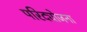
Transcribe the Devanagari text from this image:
परिद्योजना